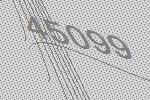
45099